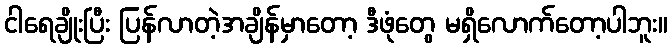
ငါရေချိုးပြီး ပြန်လာတဲ့အချိန်မှာတော့ ဒီဖုံတွေ မရှိလောက်တော့ပါဘူး။